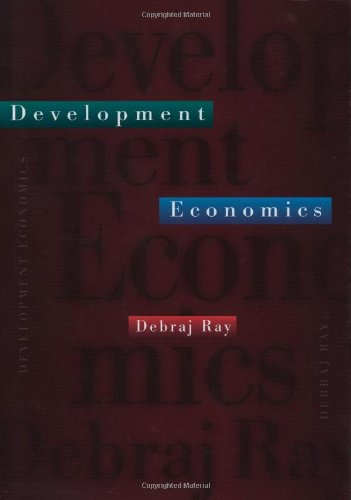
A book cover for Development Economics; Debraj Ray; Business & Money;